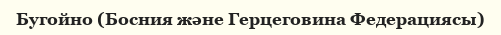
Бугойно (Босния және Герцеговина Федерациясы)